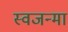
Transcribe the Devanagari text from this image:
स्वजन्मा